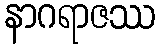
နာဂရာဇဿ